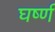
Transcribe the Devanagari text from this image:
घर्ष्ण